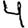
Digit: 4